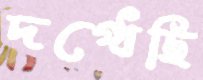
দগ্ধেছি